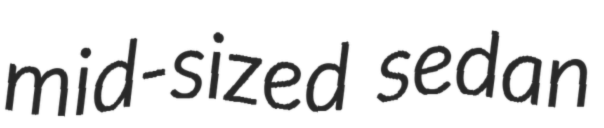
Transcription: mid-sized sedan